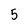
Character: 5